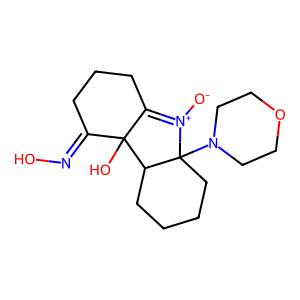
SMILES: [O-][N+]1=C2CCCC(=NO)C2(O)C2CCCCC21N1CCOCC1
Inhibits HIV replication: No